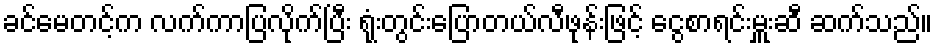
ခင်မေတင့်က လက်ကာပြလိုက်ပြီး ရုံးတွင်းပြောတယ်လီဖုန်းဖြင့် ငွေစာရင်းမှူးဆီ ဆက်သည်။